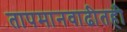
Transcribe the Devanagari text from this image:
तापमानवाढीतही